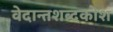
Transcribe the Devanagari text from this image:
वेदान्तशब्दकोश